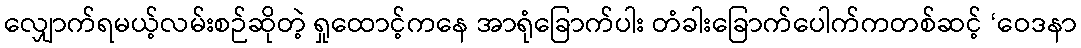
လျှောက်ရမယ့်လမ်းစဉ်ဆိုတဲ့ ရှုထောင့်ကနေ အာရုံခြောက်ပါး တံခါးခြောက်ပေါက်ကတစ်ဆင့် ‘ဝေဒနာ